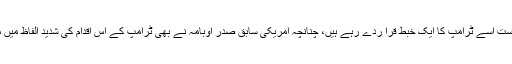
امریکہ کی دنیا میں رہی سہی ظاہری ساکھ تو گئی ہی ہے، دنیا بھر کے صاحبان فہم و فراست اسے ٹرامپ کا ایک خبط قرا ردے رہے ہیں، چنانچہ امریکی سابق صدر اوبامہ نے بھی ٹرامپ کے اس اقدام کی شدید الفاظ میں مذمت کی ہے اور کہا ہے کہ ایران کے ساتھ معاہدہ ختم کرنے کا فیصلہ سنگین غلطی ہے۔